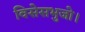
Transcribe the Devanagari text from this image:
विसेसभुजो।